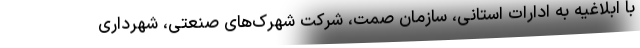
با ابلاغیه به ادارات استانی، سازمان صمت، شرکت شهرک‌های صنعتی، شهرداری